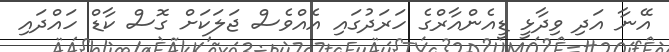
އޭނާ އަދި ވިދާޅީ ޑީއެންއާރްގެ ހަރަދުގައި އެއްވެސް ޖަލަކަށް ގޮސް ކާޑް ހައްދައި